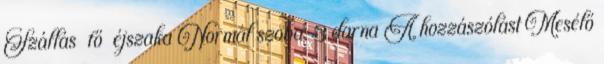
Szállás fő éjszaka Normál szoba: 3 darna A hozzászólást Mesélő